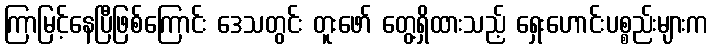
ကြာမြင့်နေပြီဖြစ်ကြောင်း ဒေသတွင်း တူးဖော် တွေ့ရှိထားသည့် ရှေးဟောင်းပစ္စည်းများက